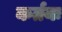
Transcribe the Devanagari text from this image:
कर्तयः